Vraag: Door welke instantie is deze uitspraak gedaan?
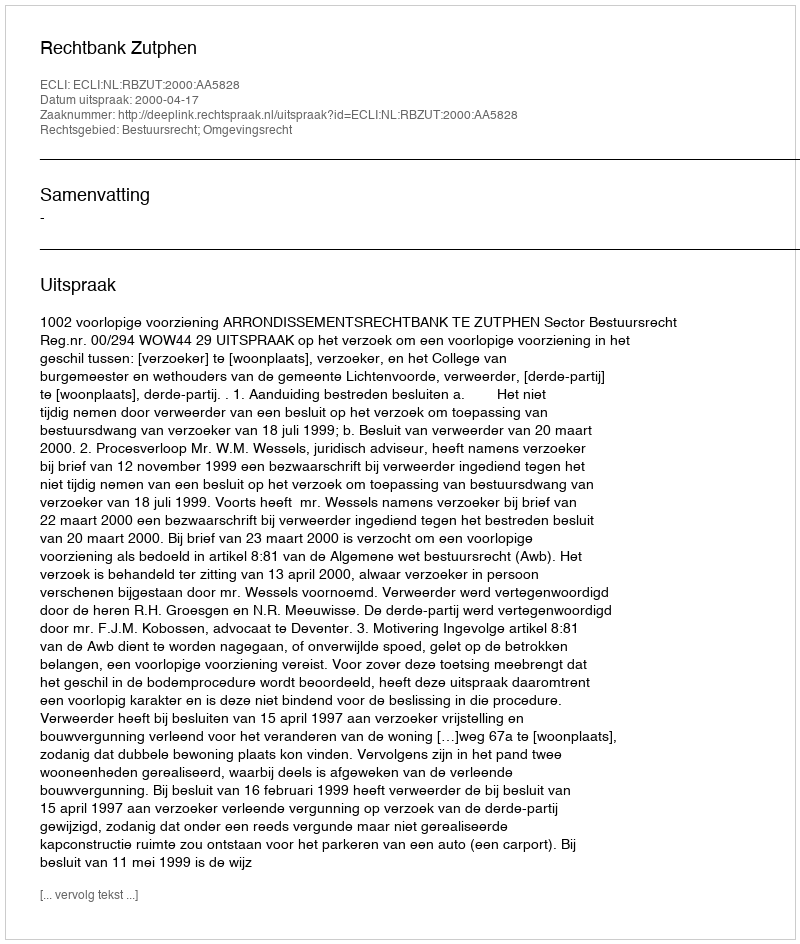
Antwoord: Rechtbank Zutphen